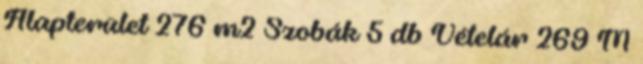
Alapterület 276 m2 Szobák 5 db Vételár 269 M